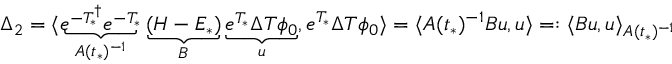
\begin{array} { r } { \Delta _ { 2 } = \langle \underbrace { e ^ { - T _ { * } ^ { \dagger } } e ^ { - T _ { * } } } _ { A ( t _ { * } ) ^ { - 1 } } \underbrace { ( H - E _ { * } ) } _ { B } \underbrace { e ^ { T _ { * } } \Delta T \phi _ { 0 } } _ { u } , e ^ { T _ { * } } \Delta T \phi _ { 0 } \rangle = \langle A ( t _ { * } ) ^ { - 1 } B u , u \rangle = : \langle B u , u \rangle _ { A ( t _ { * } ) ^ { - 1 } } } \end{array}